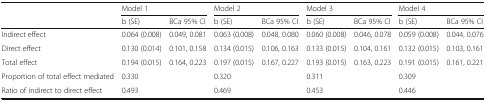
| <ROWSPAN=2>  | <COLSPAN=2> Model 1 | <COLSPAN=2> Model 2 | <COLSPAN=2> Model 3 | <COLSPAN=2> Model 4 |
 | b (SE) | BCa 95% CI | b (SE) | BCa 95% CI | b (SE) | BCa 95% CI | b (SE) | BCa 95% CI |
 | --- | --- | --- | --- | --- | --- | --- | --- | --- |
 | Indirect effect | 0.064 (0.008) | 0.049, 0.081 | 0.063 (0.008) | 0.048, 0.080 | 0.060 (0.008) | 0.046, 0.078 | 0.059 (0.008) | 0.044, 0.076 |
 | Direct effect | 0.130 (0.014) | 0.101, 0.158 | 0.134 (0.015) | 0.106, 0.163 | 0.133 (0.015) | 0.104, 0.161 | 0.132 (0.015) | 0.103, 0.161 |
 | Total effect | 0.194 (0.015) | 0.164, 0.223 | 0.197 (0.015) | 0.167, 0.227 | 0.193 (0.015) | 0.163, 0.223 | 0.191 (0.015) | 0.161, 0.221 |
 | Proportion of total effect mediated | 0.330 |  | 0.320 |  | 0.311 |  | 0.309 |  |
 | Ratio of indirect to direct effect | 0.493 |  | 0.469 |  | 0.453 |  | 0.446 |  |